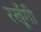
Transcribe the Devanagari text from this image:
रखूँगी